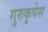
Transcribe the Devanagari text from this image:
गुरुकृपेस